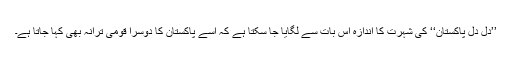
’’دل دل پاکستان‘‘ کی شہرت کا اندازہ اس بات سے لگایا جا سکتا ہے کہ اسے پاکستان کا دوسرا قومی ترانہ بھی کہا جاتا ہے۔